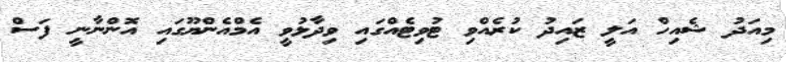
މިއަދު ޝެއިހް އަލީ ޒައިދު ކުރެއްވި ޓުވިޓެއްގައި ވިދާޅުވީ އެމްއެންޔޫގައި އޮންނާނީ ފަސް